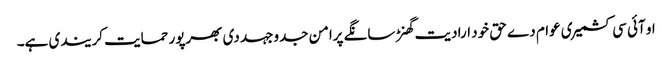
او آئی سی کشمیری عوام دے حق خود ارادیت گھنڑ سانگے پرامن جدوجہد دی بھرپور حمایت کریندی ہے۔